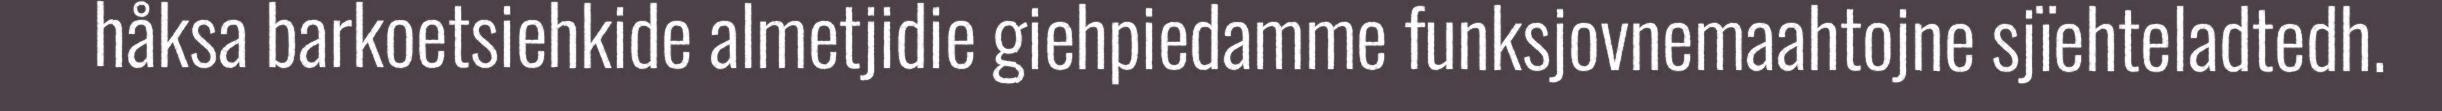
håksa barkoetsiehkide almetjidie giehpiedamme funksjovnemaahtojne sjïehteladtedh.